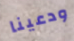
ودعينا